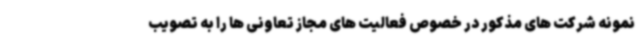
نمونه شرکت های مذکور در خصوص فعالیت های مجاز تعاونی ها را به تصویب